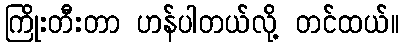
ကြိုးတီးတာ ဟန်ပါတယ်လို့ တင်ထယ်။